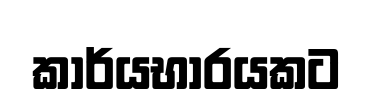
කාර්යභාරයකට